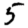
Digit: 5